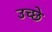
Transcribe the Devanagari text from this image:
उच्छे